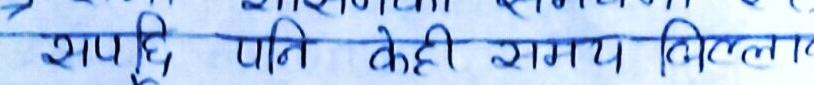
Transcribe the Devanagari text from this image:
शायद, पति केही रागय मिल्लान